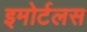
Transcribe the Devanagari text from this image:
इमोर्टलस